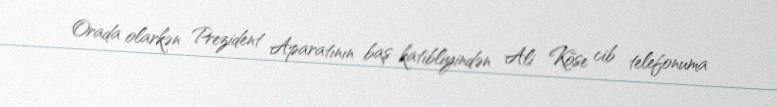
Orada olarkən Prezident Aparatının baş katibliyindən Ali Köse cib telefonuma